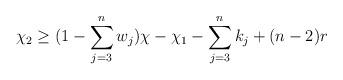
LaTeX: \begin{align*}\chi_2 \geq (1 -\sum\limits_{j = 3}^n w_j)\chi - \chi_1 - \sum\limits_{j =3}^n k_j +(n-2)r\end{align*}